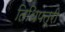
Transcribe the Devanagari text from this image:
तिथिपत्री